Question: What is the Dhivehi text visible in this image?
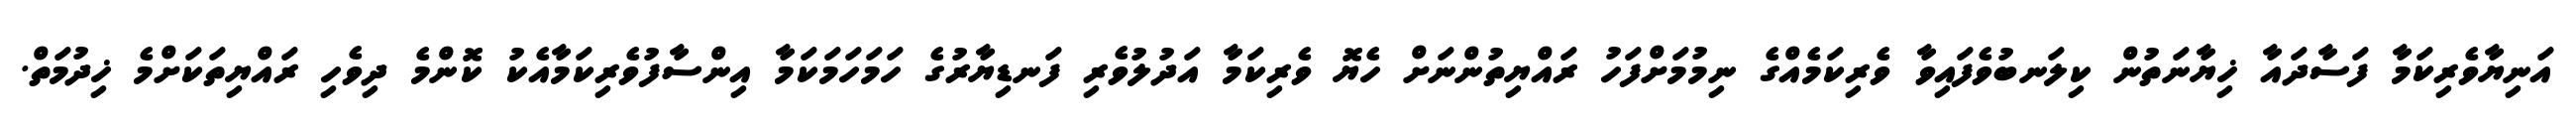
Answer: އަނިޔާވެރިކަމާ ފަސާދައާ ޚިޔާނަތުން ކިލަނބުވެފައިވާ ވެރިކަމެއްގެ ނިމުމަށްފަހު ރައްޔިތުންނަށް ހެޔޮ ވެރިކަމާ އަދުލުވެރި ފަނޑިޔާރުގެ ހަމަހަމަކަމާ އިންސާފުވެރިކަމާއެކު ކޮންމެ ދިވެހި ރައްޔިތަކަށްމެ ޚިދުމަތް.